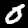
Digit: 0